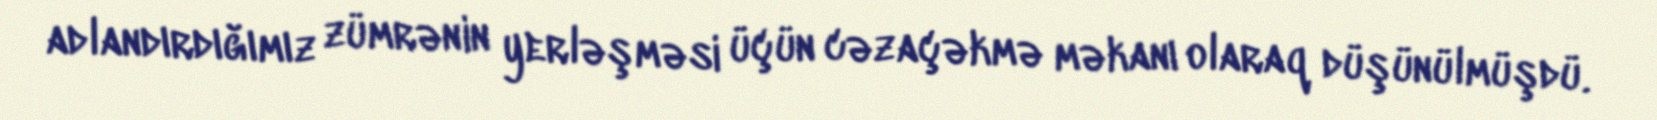
adlandırdığımız zümrənin yerləşməsi üçün cəzaçəkmə məkanı olaraq düşünülmüşdü.